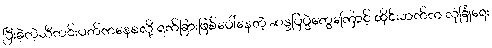
ပြီးခဲ့တဲ့သီတင်းပတ်ကနေစလို့ ရက်ခြားဖြစ်ပေါ်နေတဲ့ ဆန္ဒပြပွဲတွေကြောင့် ထိုင်းဘက်က လုံခြုံရေး